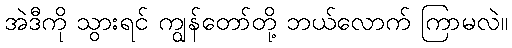
အဲဒီကို သွားရင် ကျွန်တော်တို့ ဘယ်လောက် ကြာမလဲ။